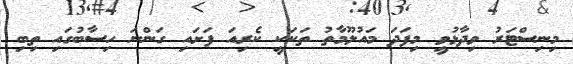
މިނިސްޓަރު ވިދާޅުވީ މިފަަދަ މައުލޫމާތު ތަަކަކީ ކެރިއަ ފަށައި ގަންނަ ހިސާބުގައި ތިބި